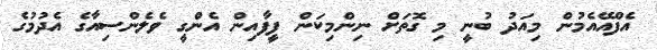
އެފްއޭއެމުން މިއަދު ބުނީ މި ގޮތަށް ނިންމިކަން ފީފާއިން އެންގީ ވެލެންސިއާގެ އެދުމުގެ